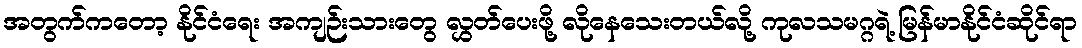
အတွက်ကတော့ နိုင်ငံရေး အကျဉ်းသားတွေ လွှတ်ပေးဖို့ လိုနေသေးတယ်လို့ ကုလသမဂ္ဂရဲ့ မြန်မာနိုင်ငံဆိုင်ရာ